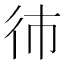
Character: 𱝭